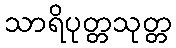
သာရိပုတ္တသုတ္တ